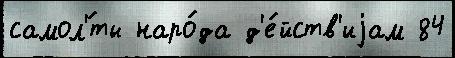
самол'́ты наро́да д'е́йств'иjам 84